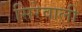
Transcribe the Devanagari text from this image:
सिरेवाली